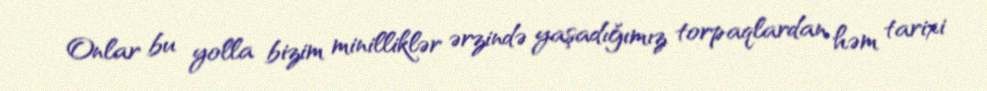
Onlar bu yolla bizim minilliklər ərzində yaşadığımız torpaqlardan həm tarixi